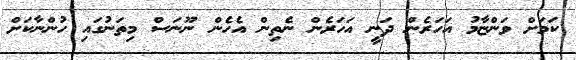
ކަމަށް ވަންޏާމު އަހަރެން ދަނީ އަހަރެން ނެތިން އެހެން ނޫނަސް މިތަނުގައި ހުންނާކަށް